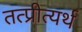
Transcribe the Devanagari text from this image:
तत्प्रीत्यर्थ